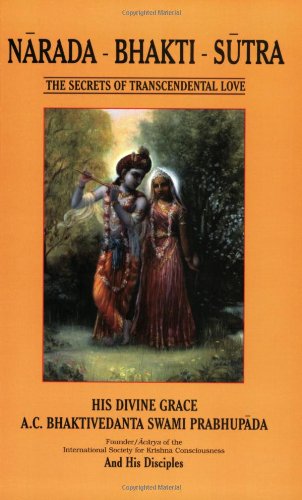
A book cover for Narada-Bhakti-Sutra: The Secrets of Transcendental Love; Satsvarupa dasa Goswami; Religion & Spirituality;